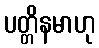
ပတ္တိနမာဟု